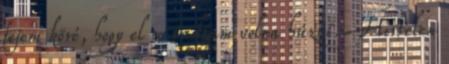
fejem köré, hogy el se tudtam volna húzni. Hirtelen